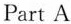
Part A